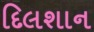
દિલશાન